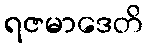
ရဇမာဒေတိ